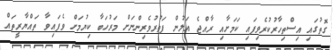
ގޮތުގައި އިސްތިހާރުކުރެވިފައި ކަމަށާއި ރާއްޖެ އަލުން ފަތުރުވެރިންނަށް މަރުހަބާ ކިޔުމަށް ވެފައިވާ ތައްޔާރީތައް